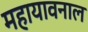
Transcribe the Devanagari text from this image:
महायावनाल